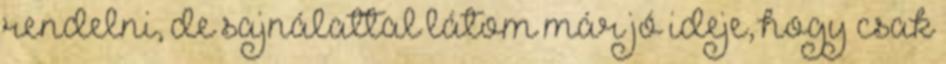
rendelni, de sajnálattal látom már jó ideje, hogy csak